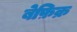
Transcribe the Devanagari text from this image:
बेफ़िक्र